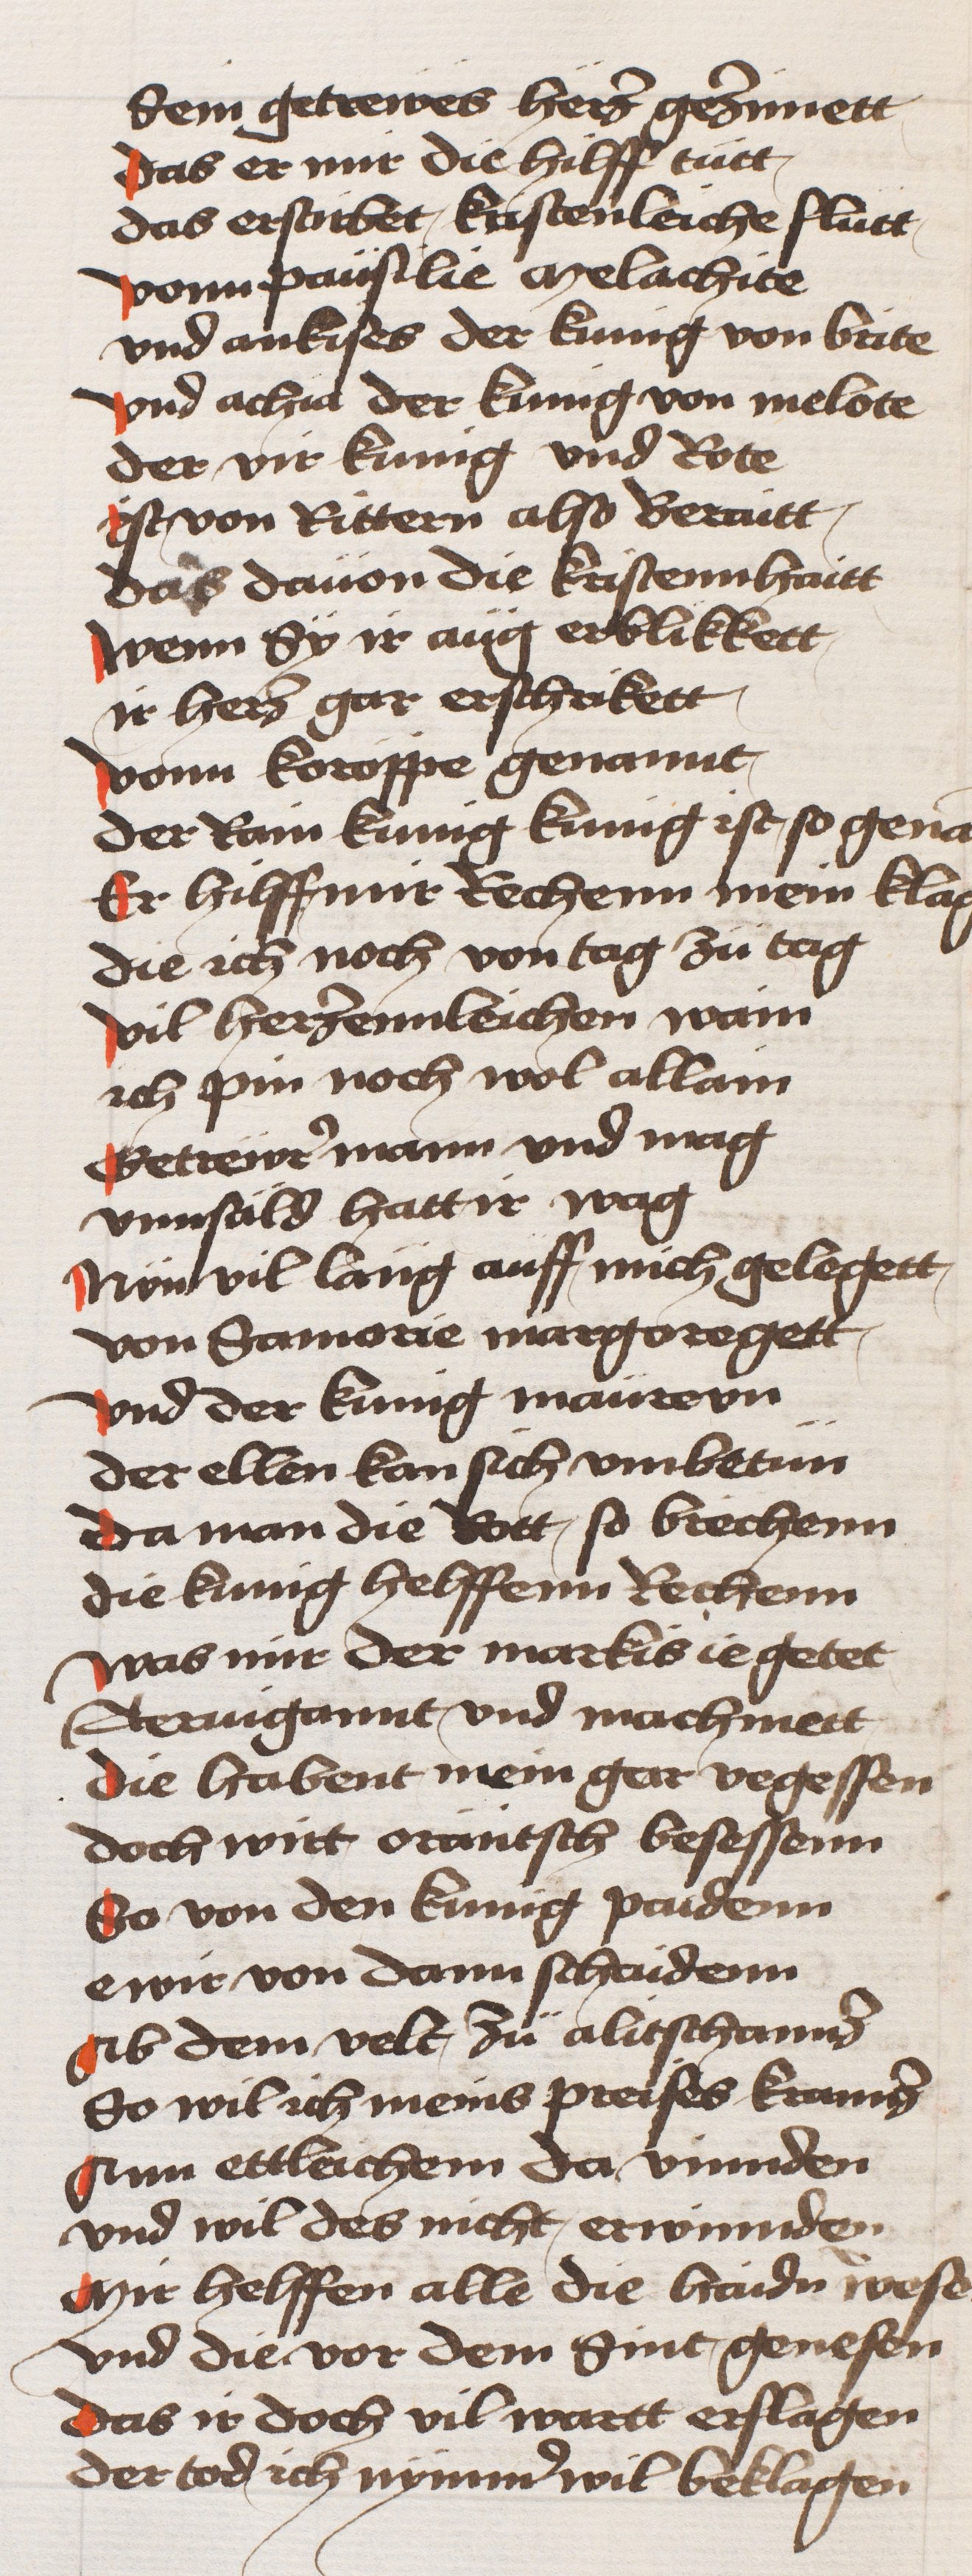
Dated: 1433–1466